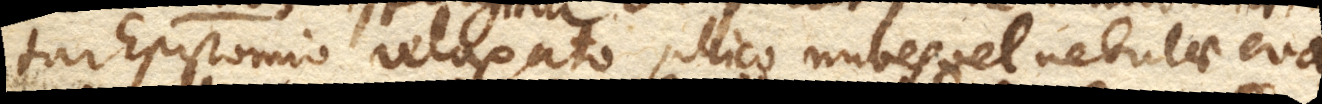
tur Epistomio relaxato, illico nubes vel nebulae eva–